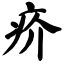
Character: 疥